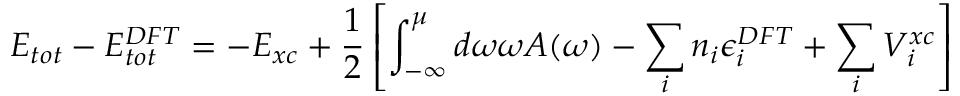
E _ { t o t } - E _ { t o t } ^ { D F T } = - E _ { x c } + \frac 1 2 \left[ \int _ { - \infty } ^ { \mu } d \omega \omega A ( \omega ) - \sum _ { i } n _ { i } \epsilon _ { i } ^ { D F T } + \sum _ { i } V _ { i } ^ { x c } \right]